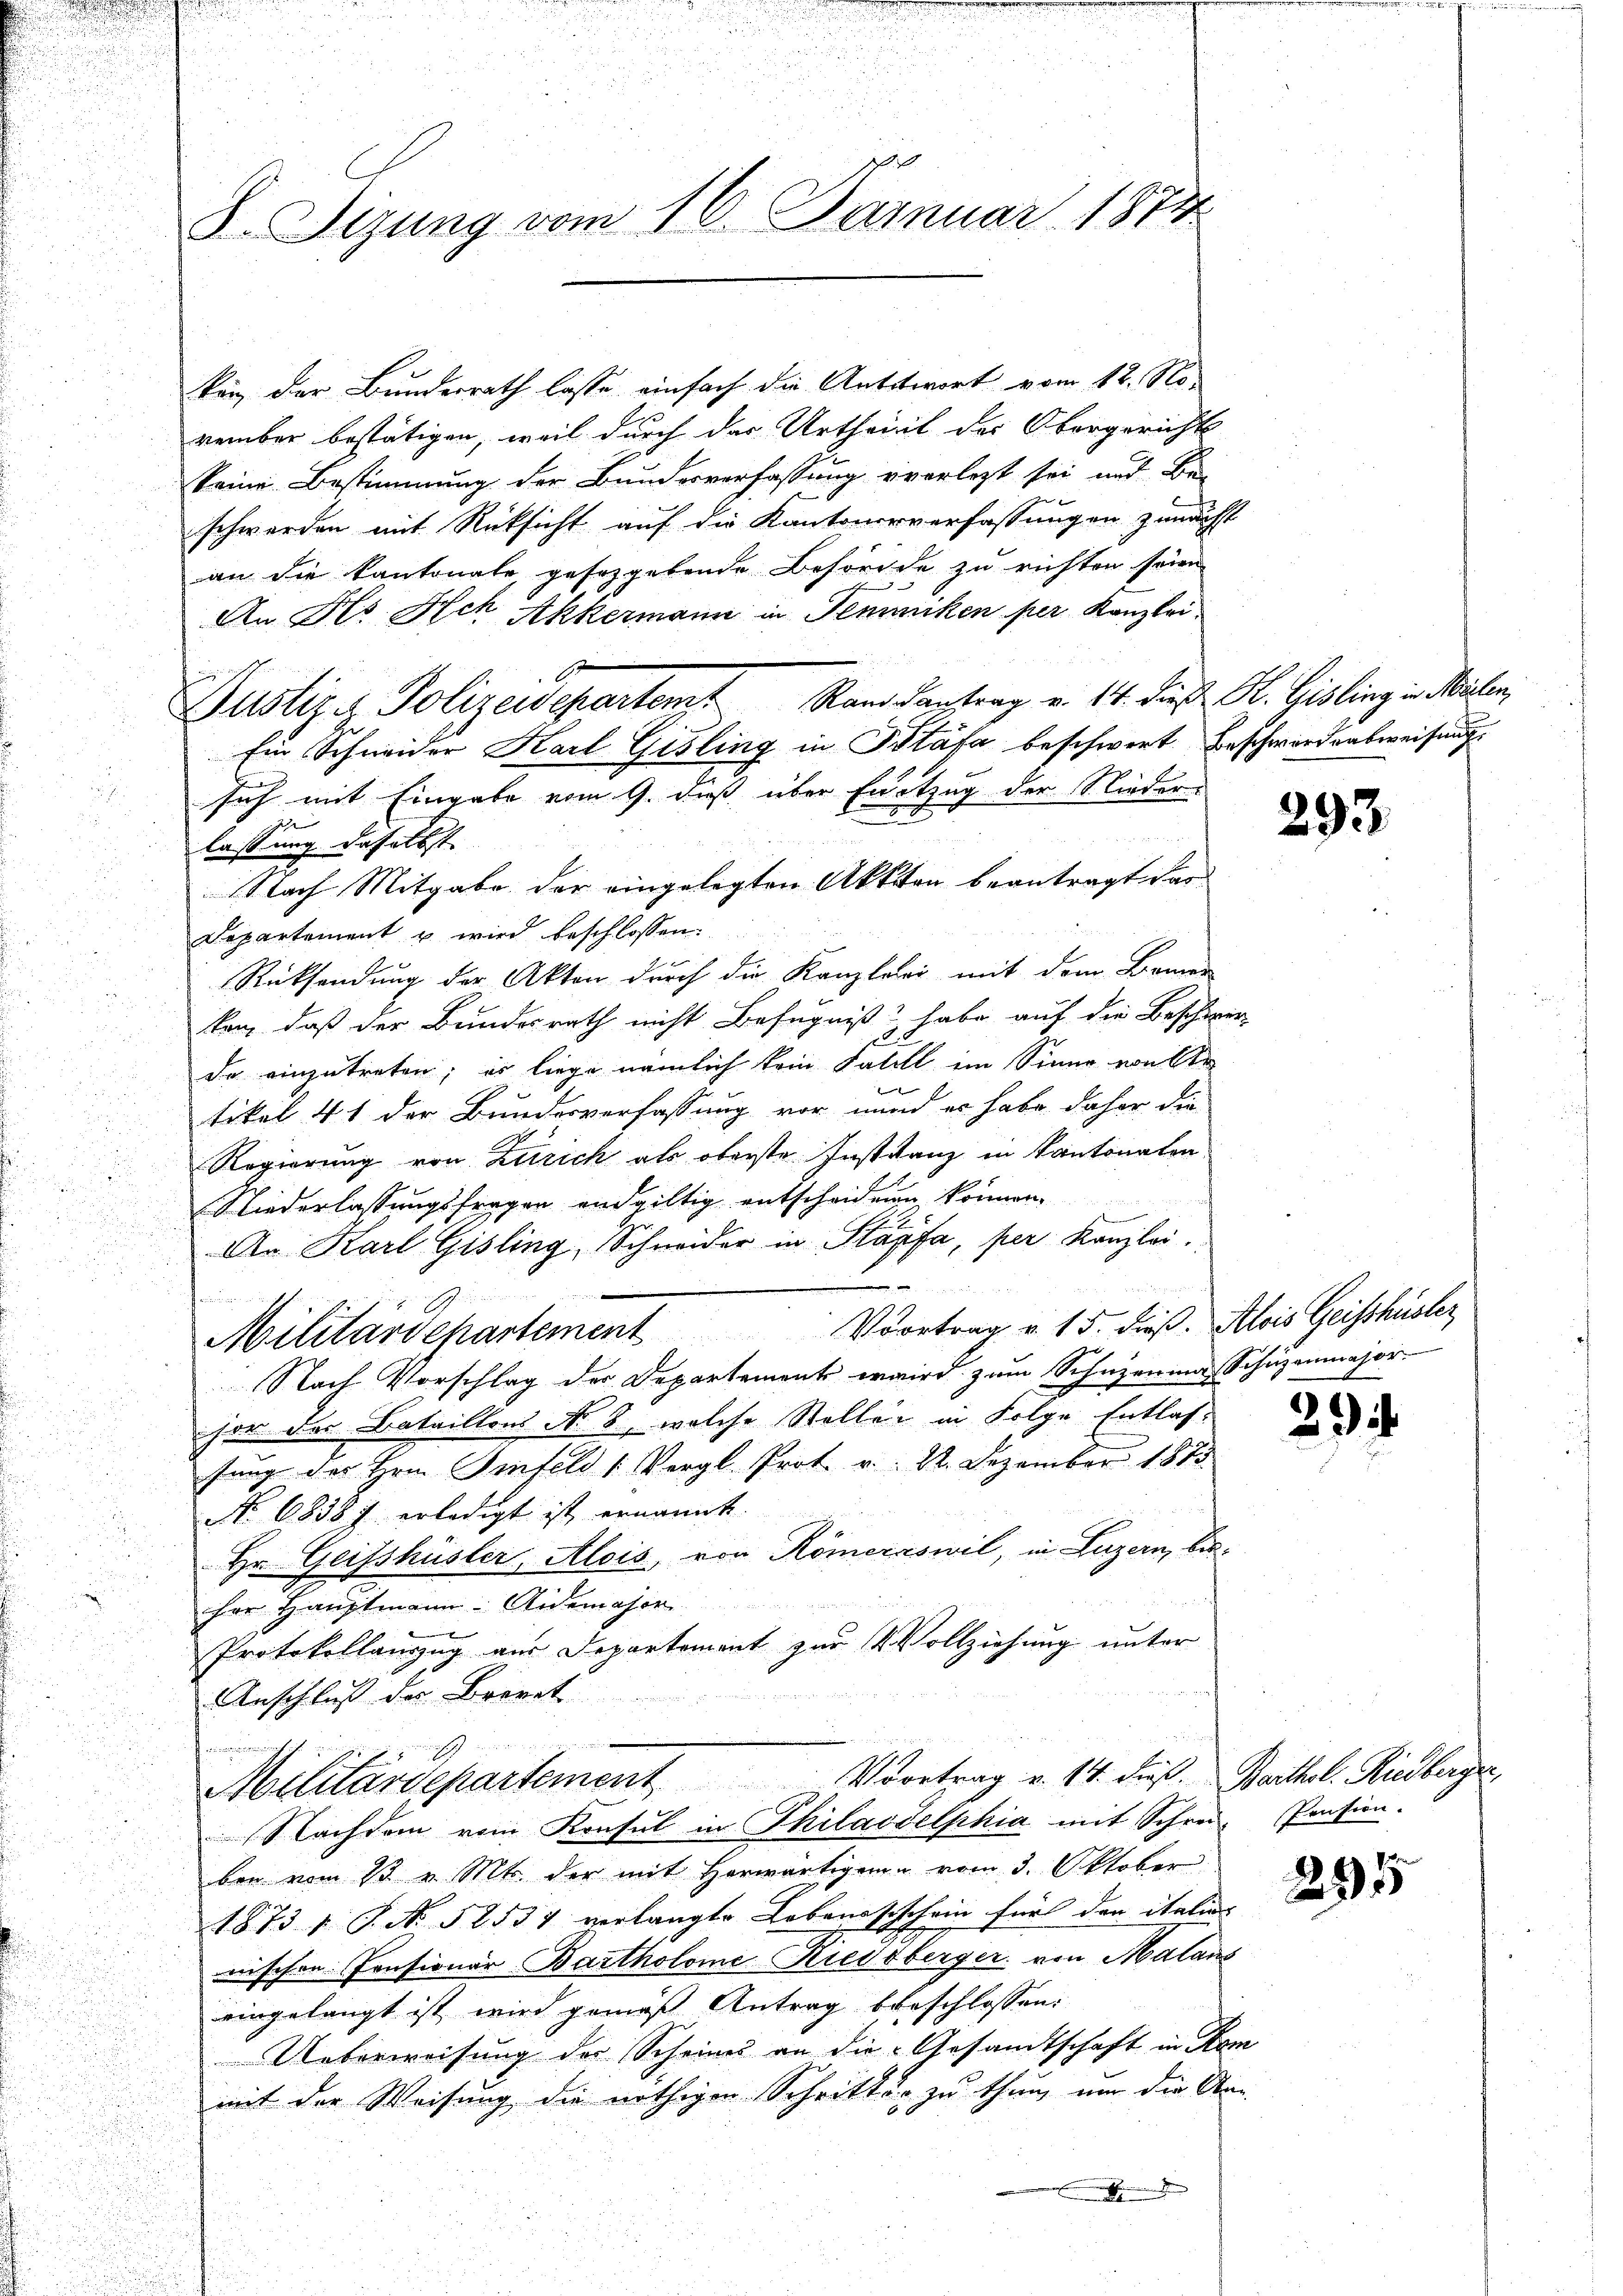
8. Sizung vom 16. Januar 1874

kan der Bundesrath lasse einfach die Antwort vom 12. No¬
A.
vember bestätigen, weil durch der Urtheil der Obergerichts
keine Bestimmung der Bundesverfassung verlegt sei und Be-
schwerden mit Rücksicht auf die Kantonerverfassungen zunächst
an die Kantonale gesorgebende Behörde zu richten seien
An No. Ach Akkermann in Temmiken per Kanzlei
Justiz - Polizeidepartamt Randantrag v. 14. dieß H. Gisling in Meilen,
Ein Schneider Karl Gisling in Stäfa beschwert. Beschwordensweisung
sich mit Eingabe vom 9. dieß über Entzug der Niedere
lassung daselbst |
Nach Mitgabe der eingelegten Akktten beantragt dar
Departement u. wird beschlossen:
Rücksendung der Akten durch die Kanzlei mit dem Bemer
ken, daß der Bundesrath nicht Befugniß habe auf die Beschär
da einzutreten; es liege nämlich kein Falell im Sinne von Ar
tikel 41 der Bundesverfassung vor nund er habe daher die
Regierung von Zürich als oberste Institanz in Kantonalen
Niederlassungsfragen endgültig entscheiden können,
An Karl Gisling, Schneider in Klapfa, per Kanzlei.
  die sichten ande
e
Militärdepartement Vortrag u. 15. dieβ. Alois Geisshüster
Nach Vorschlag der Departement wird zum Schuzenia Schüzenmajor
hor des Bataillons No. 8, welche Steller in Folge Entlas-
sung des Hrn. Genfeld (Vergl. Prot. v. 22. Dezember 1813.
No 68387 erledigt ist ernannt.
Hr. Geisshüsler, Alois, von Römernswil, in Luzern, bisher Hauptmann Aidemajor
b
Protokollauszug aus Departement zur Vollziehung unter
Anschluß der Brennt
n
Militärdepartement Vortrag v. 14. dieß. Barthal. Riedberger,
Nachdem vom Konsul in Philadelphia mit Schrei-Pension.
ben vom 1t v. Mts. der mit Herwärtigung vom 3. Oktober
1873 1 S. No 52537 verlangte Lebenssischein für den italins
nischen Consionär Bartholome Kiessberger von Malans
eingelangt ist wird gemäß Antrag beschlossen:
Ueberweisung der Scheines an die Gesandtschaft in Samit der Weisung die nöthigen Schritte zu thun, um die A

g

2

293.

2

295